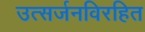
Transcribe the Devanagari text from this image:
उत्सर्जनविरहित